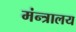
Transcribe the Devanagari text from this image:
मंन्त्रालय